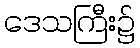
ဒေသကြီး၌